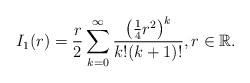
\begin{align*} I_1(r)=\frac{r}{2}\sum_{k=0}^{\infty}\frac{\big(\frac{1}{4}r^2\big)^k}{k ! (k+1)!}, r \in \mathbb{R}.\end{align*}